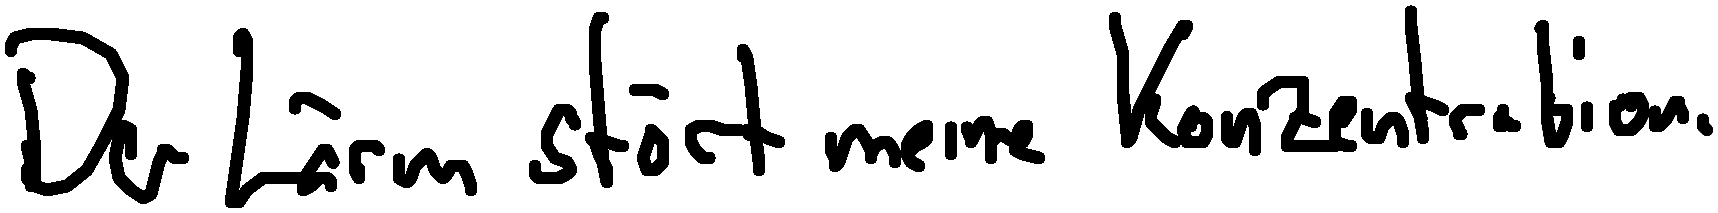
Der Lärm stört meine Konzentration.